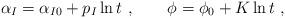
LaTeX: \begin{align*}\alpha_I = \alpha_{I0} + p_I \ln t \ , \qquad \phi = \phi_0 + K \ln t \ ,\end{align*}